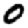
Digit: 0